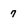
Character: 7